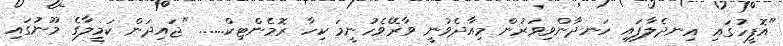
"އޮފީހުގައި އިނދެލާފައި ހަނދާންވިވަރުން މިއާދެވުނީ ވާރޭވެހުނީމަ ކިހާ ރޮމެންޓިކް...... "ޖައިދަން ކަމީލާގެ މޫނުގައި